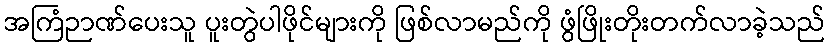
အကြံဉာဏ်ပေးသူ ပူးတွဲပါဖိုင်များကို ဖြစ်လာမည်ကို ဖွံဖြိုးတိုးတက်လာခဲ့သည်